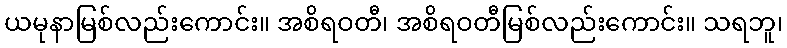
ယမုနာမြစ်လည်းကောင်း။ အစိရဝတီ၊ အစိရဝတီမြစ်လည်းကောင်း။ သရဘူ၊